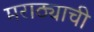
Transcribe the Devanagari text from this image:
मराठ्याची